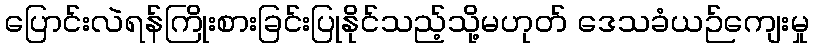
ပြောင်းလဲရန်ကြိုးစားခြင်းပြုနိုင်သည့်သို့မဟုတ် ဒေသခံယဉ်ကျေးမှု